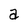
Character: a